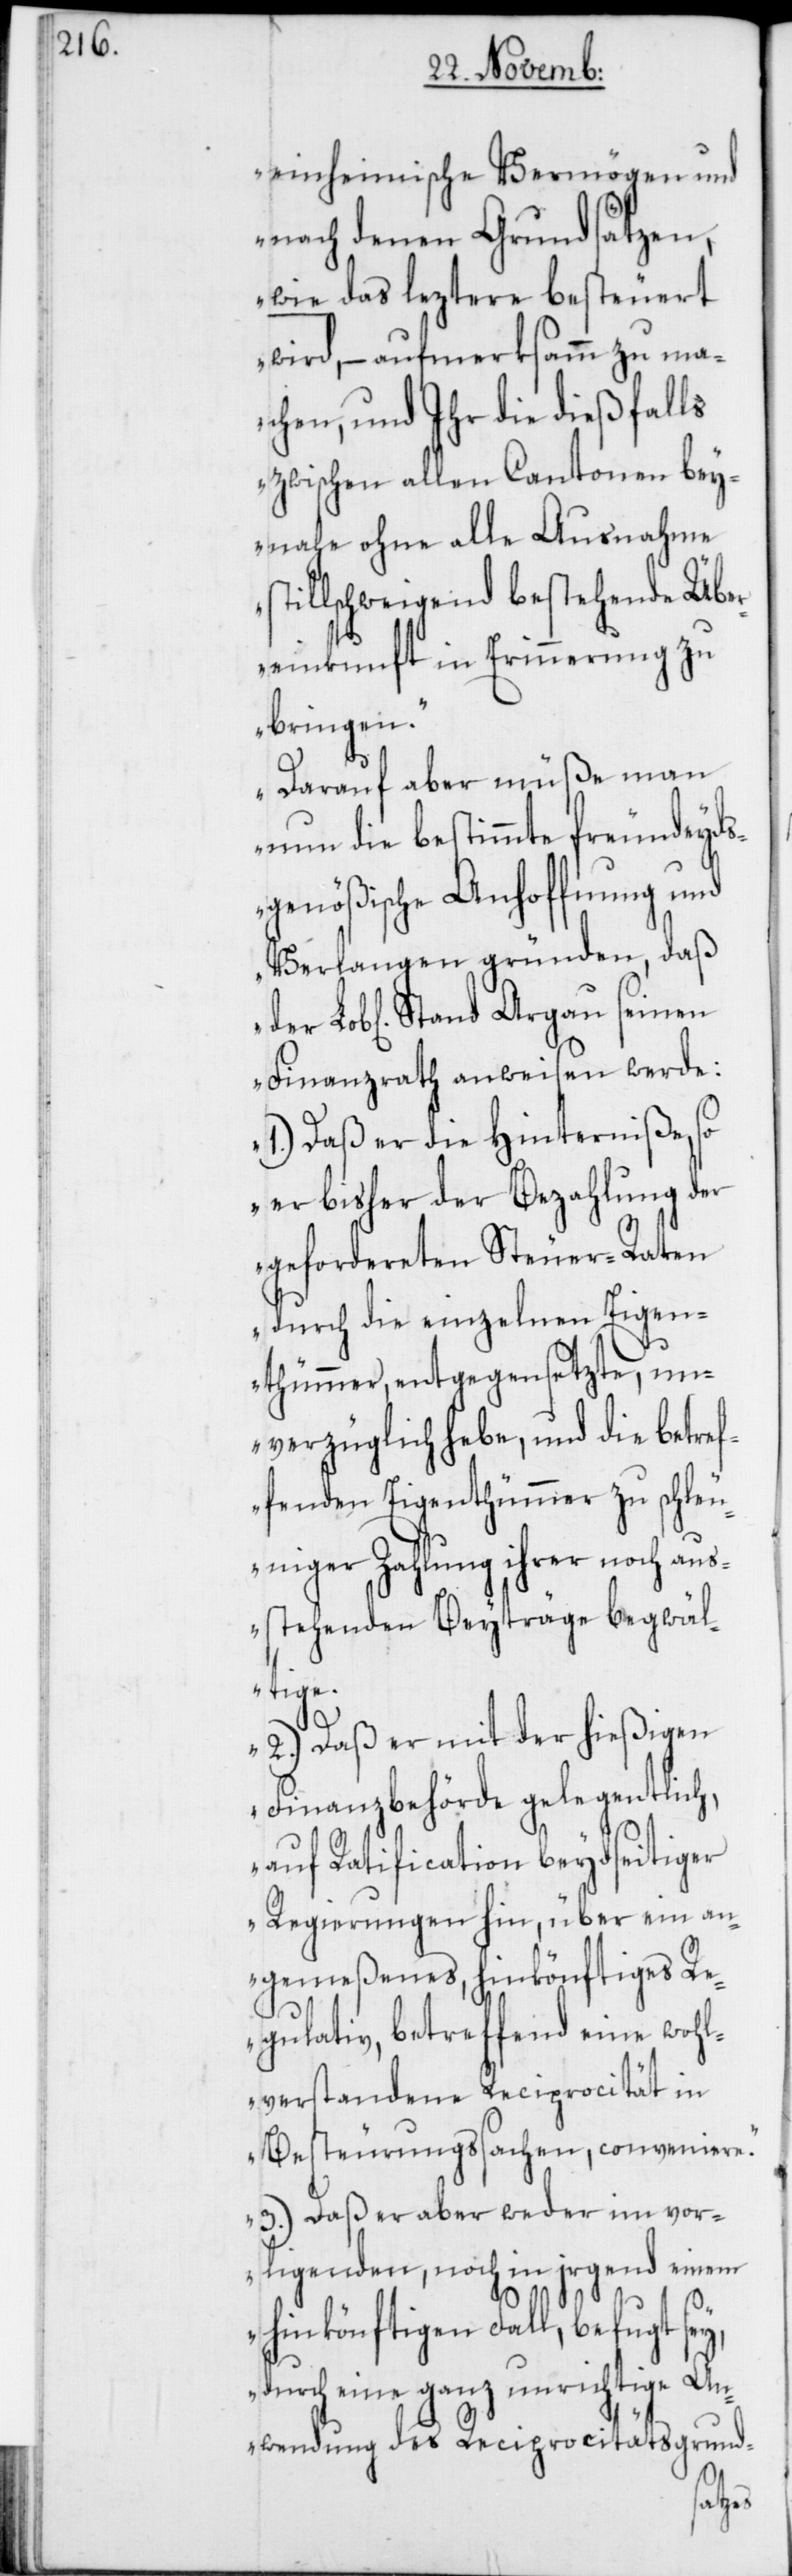
einheimische Vermögen und
nach denen Grundsätzen,
wie das leztere besteuert
wird, – aufmerksamm zu ma¬
chen, und Ihr die dießfalls
zwischen allen Cantonen bey¬
nahe ohne alle Ausnahme
stillschweigend bestehende Übe¬
reinkunft in Erinnerung zu
bringen.
Darauf aber müße man
nun die bestimmte freundeyds¬
genößische Anhoffnung und
Verlangen gründen, daß
e] Stand Argau seinen
Finanzrath anweisen werde:
1.) Daß er die Hinderniße, so
er bisher der Bezahlung der
gefordereten Steuer-Raten
durch die einzelnen Eigen¬
thümmer, entgegensetzte, un¬
verzüglich hebe, und die betref¬
fenden Eigenthümmer zu schleu¬
niger Zahlung ihrer noch aus¬
stehenden Beyträge begwäl¬
tige.
2.) Daß er mit der hießigen
Finanzbehörde gelegentlich,
auf Ratification beydseitiger
Regierungen hin, über ein an¬
gemeßenes, hinkönftiges R¬
egulativ, betreffend eine wohl¬
verstandene Reciprocität in
Besteurungssachen, conveniere.
3.) Daß er aber weder im vor¬
ligenden noch in irgend einem
hinkönftigen Fall, befugt sey,
durch eine ganz unrichtige An¬
wendung des Reciprocitätsgrund-